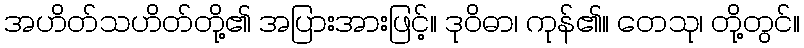
အဟိတ်သဟိတ်တို့၏ အပြားအားဖြင့်။ ဒုဝိဓာ၊ ကုန်၏။ တေသု၊ တို့တွင်။